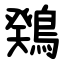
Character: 䳫